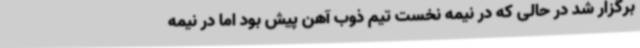
برگزار شد در حالی که در نیمه نخست تیم ذوب آهن‌ پیش بود اما در نیمه